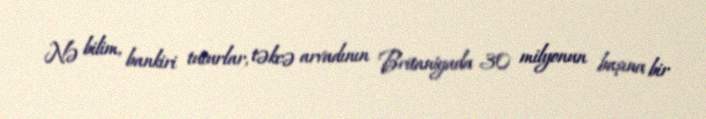
Nə bilim, bankiri tuturlar, təkcə arvadının Britaniyada 30 milyonun başına bir